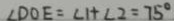
\angle D O E = \angle 1 + \angle 2 = 7 5 ^ { \circ }